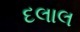
દલાલ